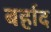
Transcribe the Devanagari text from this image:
बर्हाद